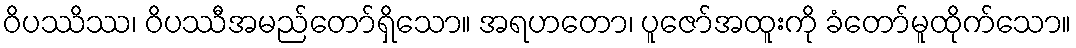
ဝိပဿိဿ၊ ဝိပဿီအမည်တော်ရှိသော။ အရဟတော၊ ပူဇော်အထူးကို ခံတော်မူထိုက်သော။